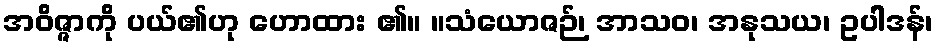
အဝိဇ္ဇာကို ပယ်၏ဟု ဟောထား ၏။ ။သံယောဇဉ်၊ အာသဝ၊ အနုသယ၊ ဥပါဒန်၊